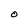
Character: O